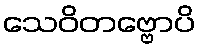
သေဝိတဗ္ဗောပိ